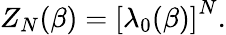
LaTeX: Z_{N}(\beta)=\left[\lambda_{0}(\beta)\right]^{N}.